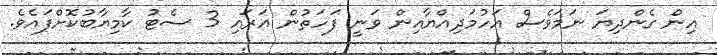
އިން ގެންދިޔަ ނަމަވެސް އަހުމަދިއްޔާއިން ވަނީ ފަހަތުން އަރައި 3 ސެޓު ކާމިޔާބުކޮށްފައެވެ.